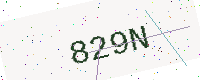
Text: 829N